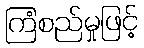
ကြံစည်မှုဖြင့်